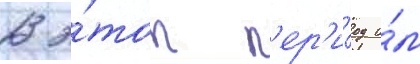
В э́тот п'ер'и́од и́м